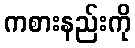
ကစားနည်းကို